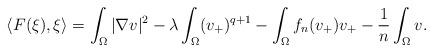
LaTeX: \begin{align*}\left\langle F(\xi),\xi \right\rangle=\int_{\Omega}|\nabla v|^2 - \lambda\int_{\Omega}(v_+)^{q+1} - \int_{\Omega}f_n(v_+)v_+ - \frac{1}{n}\int_{\Omega}v.\end{align*}